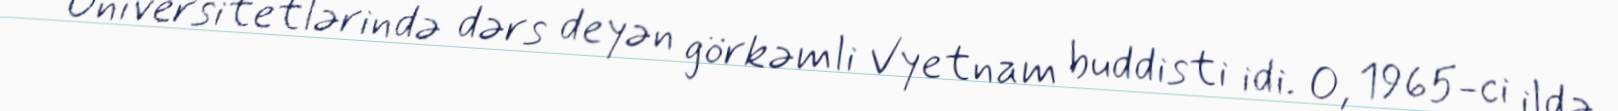
Universitetlərində dərs deyən görkəmli Vyetnam buddisti idi. O, 1965-ci ildə